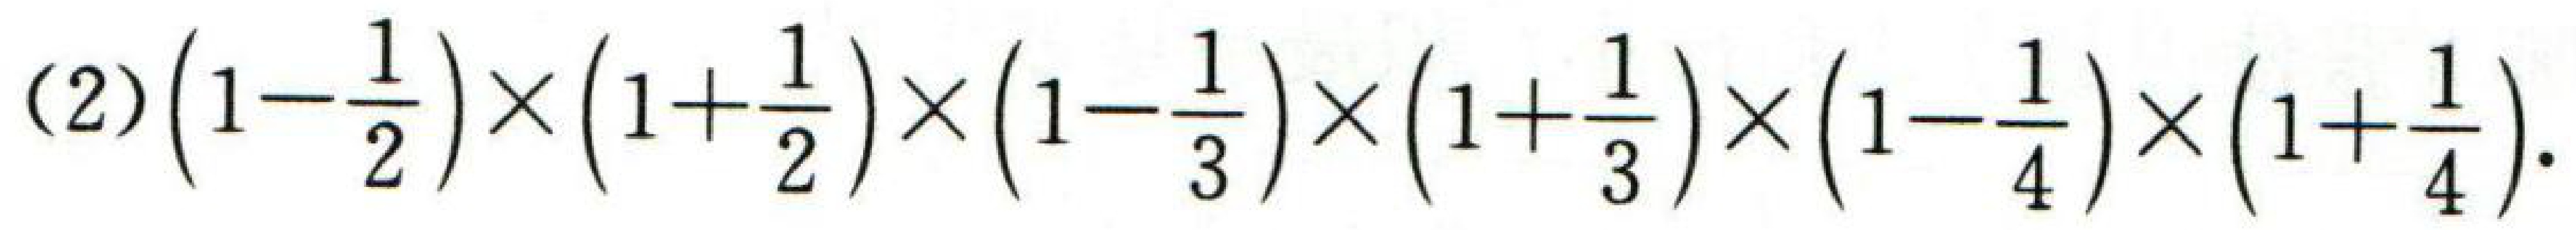
(2)\(\left(1 - \dfrac{1}{2}\right)\times\left(1 + \dfrac{1}{2}\right)\times\left(1 - \dfrac{1}{3}\right)\times\left(1 + \dfrac{1}{3}\right)\times\left(1 - \dfrac{1}{4}\right)\times\left(1 + \dfrac{1}{4}\right)\).